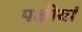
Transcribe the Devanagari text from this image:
पक्षीयां